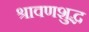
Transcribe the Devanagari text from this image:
श्रावणशुद्ध